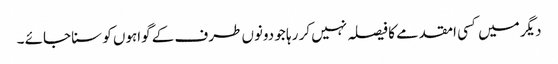
دیگر میں کسی امقدمے کا فیصلہ نہیں کر رہا جو دونوں طرف کے گواہوں کو سنا جائے ۔